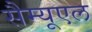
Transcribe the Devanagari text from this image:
सैम्‍यूएल